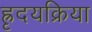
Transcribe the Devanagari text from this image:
ह्रृदयक्रिया